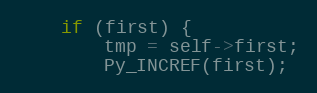
Language: C
    if (first) {
        tmp = self->first;
        Py_INCREF(first);